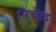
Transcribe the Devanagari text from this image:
निचोड